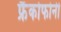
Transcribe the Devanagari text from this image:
फ्रैंकोफोनी